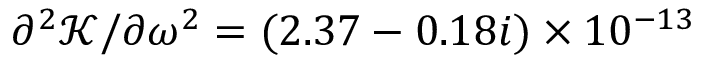
{ \partial ^ { 2 } \mathcal { K } } / { \partial \omega ^ { 2 } } = ( 2 . 3 7 - 0 . 1 8 i ) \times 1 0 ^ { - 1 3 }